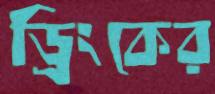
ড্রিংকের